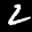
Label: 2